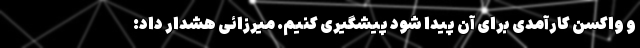
و واکسن کارآمدی برای آن پیدا شود پیشگیری کنیم. میرزائی هشدار داد: